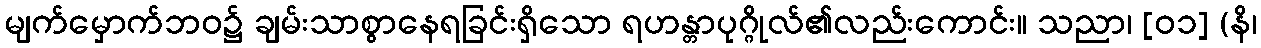
မျက်မှောက်ဘဝ၌ ချမ်းသာစွာနေရခြင်းရှိသော ရဟန္တာပုဂ္ဂိုလ်၏လည်းကောင်း။ သညာ၊ [၀၁] (နိ၊